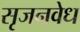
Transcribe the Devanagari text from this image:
सृजनवेध